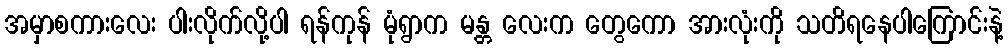
အမှာစကားလေး ပါးလိုက်လို့ပါ ရန်ကုန် မုံရွာက မန္တ လေးက တွေကော အားလုံးကို သတိရနေပါကြောင်းနဲ့